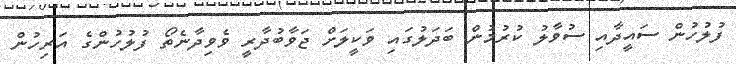
ފުލުހުން ސައީދާއި ސުވާލު ކުރުމުން ބަދަލުގައި ވަކީލަށް ޖަވާބުދާރީ ވެވިދާނެތޯ ފުލުހުންގެ އަރިހުން